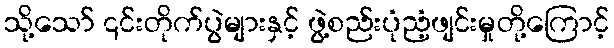
သို့သော် ၎င်းတိုက်ပွဲများနှင့် ဖွဲ့စည်းပုံညံ့ဖျင်းမှုတို့ကြောင့်